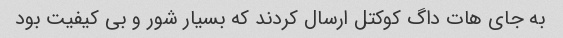
به جای هات داگ کوکتل ارسال کردند که بسیار شور و بی کیفیت بود